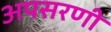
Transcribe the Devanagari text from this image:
अपसरणी